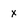
Character: x